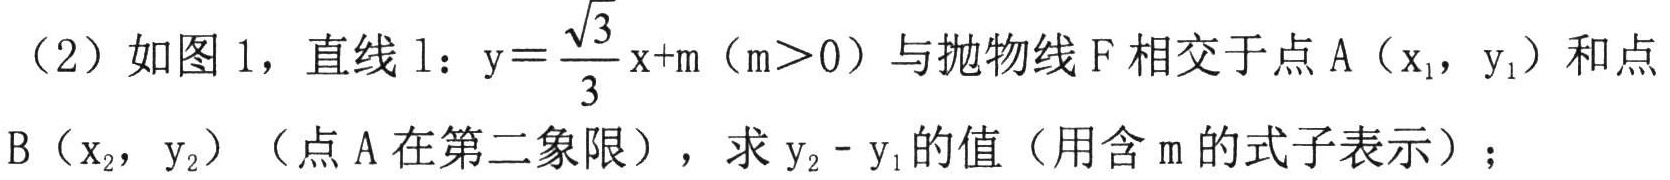
（2）如图1，直线\(l\)：\(y = \dfrac{\sqrt{3}}{3}x + m\)（\(m>0\)）与抛物线\(F\)相交于点\(A(x_{1},y_{1})\)和点\(B(x_{2},y_{2})\)（点\(A\)在第二象限），求\(y_{2}-y_{1}\)的值（用含\(m\)的式子表示）；